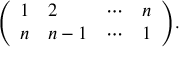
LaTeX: { \left( \begin{array} { l l l l } { 1 } & { 2 } & { \cdots } & { n } \\ { n } & { n - 1 } & { \cdots } & { 1 } \end{array} \right) } .